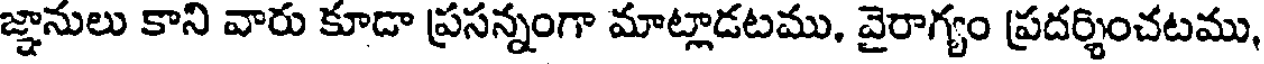
జ్ఞానులు కాని వారు కూడా ప్రసన్నంగా మాట్లాడటము, వైరాగ్యం ప్రదర్శించటము,